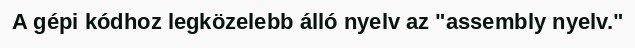
A gépi kódhoz legközelebb álló nyelv az "assembly nyelv."